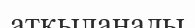
атқыланады